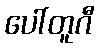
ပေါ်တူဂီ